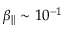
\beta _ { \| } \sim 1 0 ^ { - 1 }